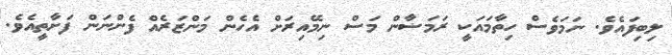
ލިބިފައެވެ. ނަމަވެސް ހިތާމައަކީ ރަމަޟާން މަސް ނިމޭއިރަށް އެހެން މަންޒަރެއް ފެންނަން ފަށާތީއެވެ.